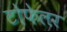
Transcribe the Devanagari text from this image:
टोफेलर